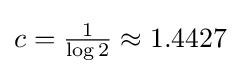
c={\tfrac {1}{\log 2}}\approx 1.4427